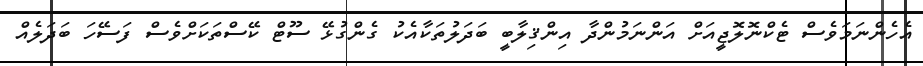
އެހެންނަމަވެސް ޓެކްނޮލޮޖީއަށް އަންނަމުންދާ އިންޤިލާބީ ބަދަލުތަކާއެކު ގެންގުޅޭ ސޫޓް ކޭސްތަކަށްވެސް ފަސޭހަ ބަދަލެއް